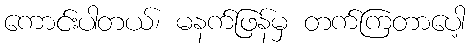
ကောင်းပါတယ်၊ မနက်ဖြန်မှ တက်ကြတာပေါ့